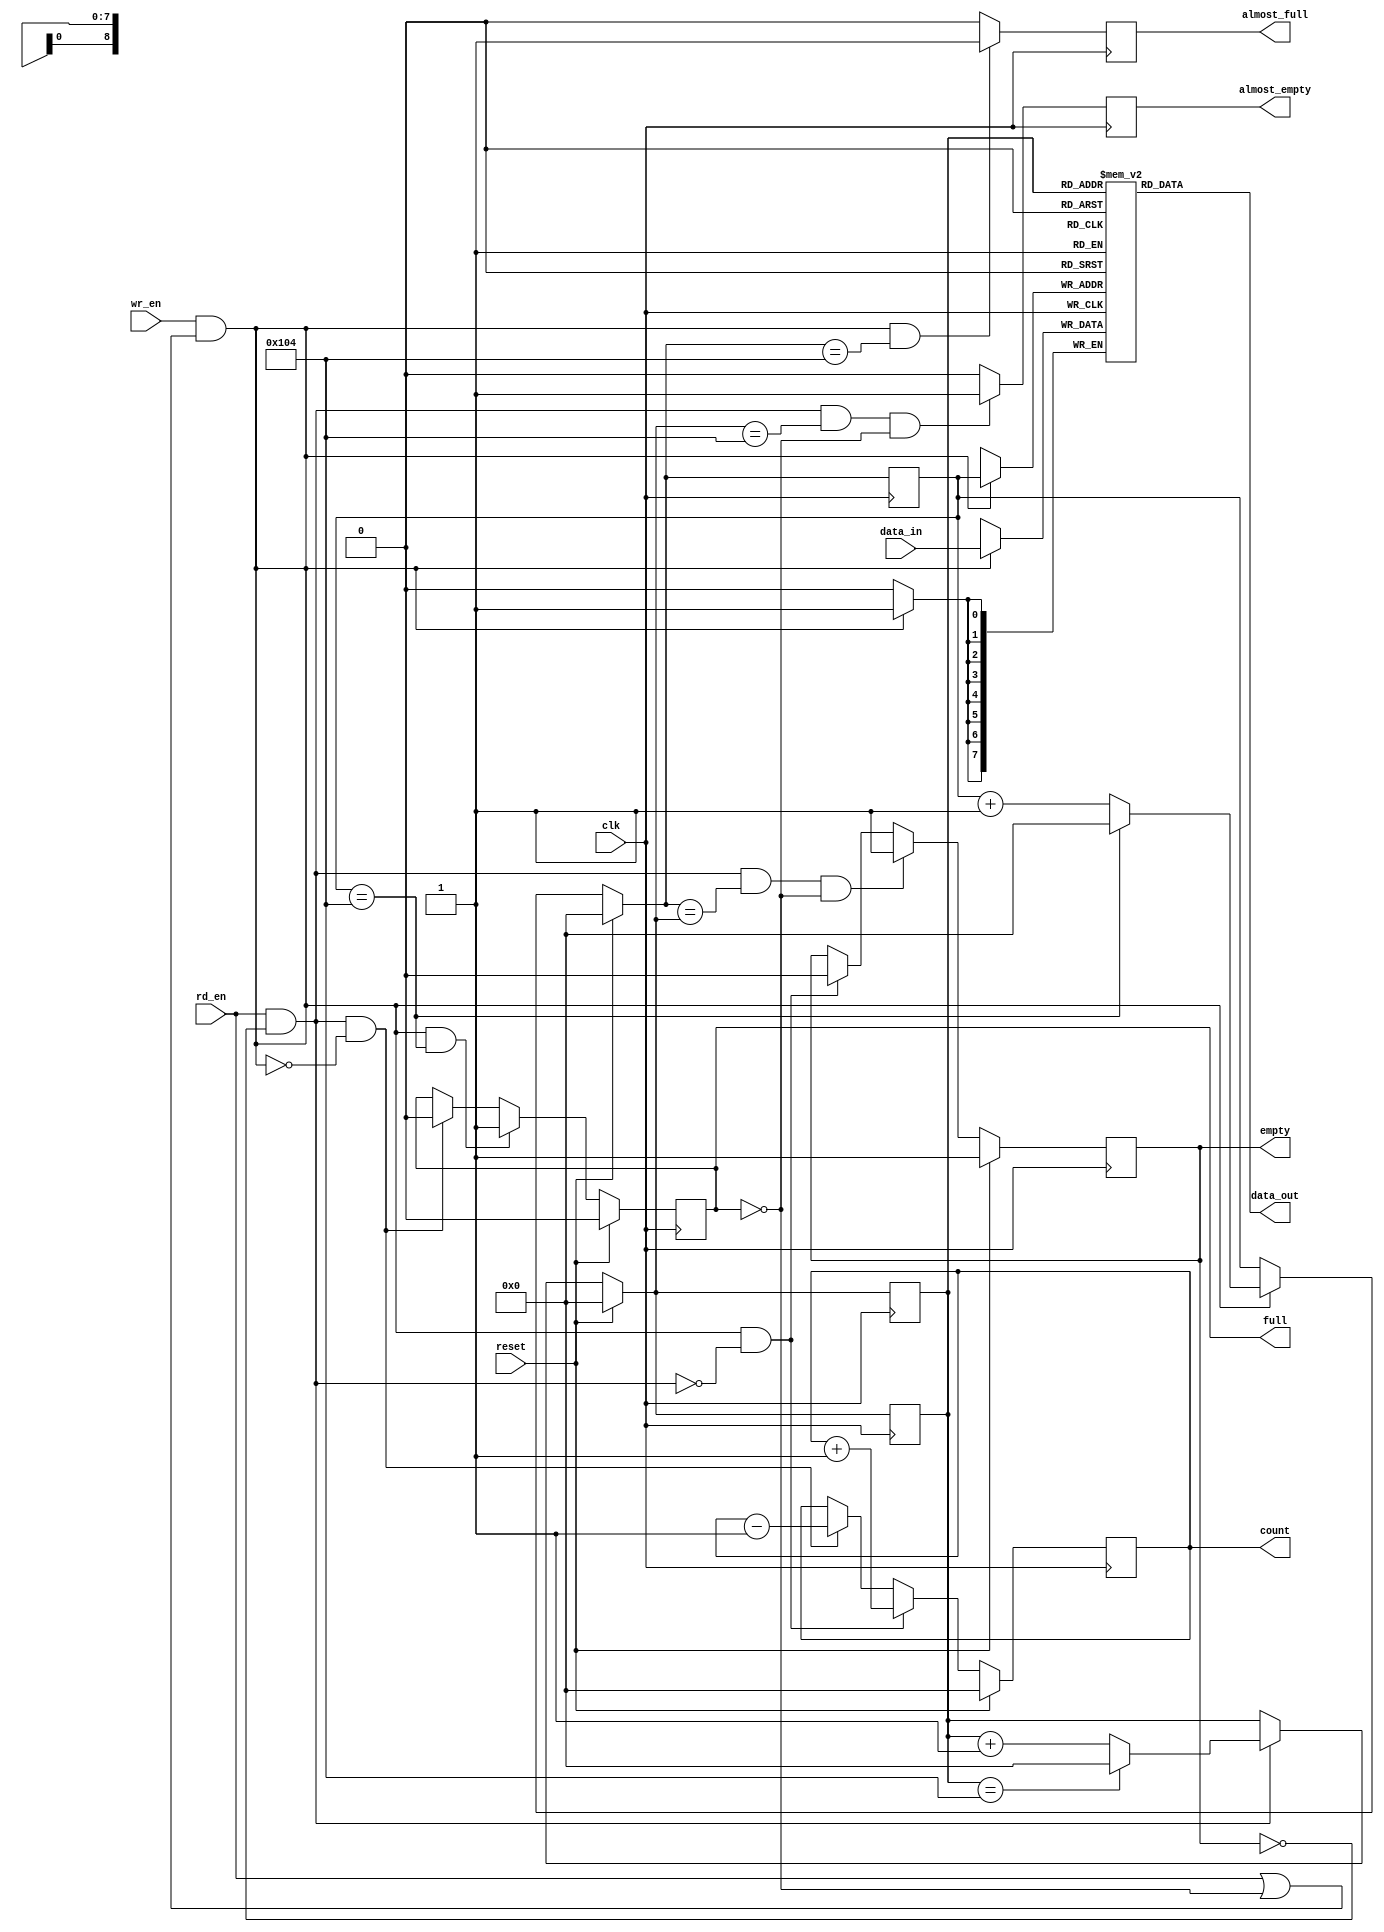
module spi_fifo_send(   input clk,
								input reset,
								input rd_en, //-- read enable
								input wr_en, //-- write enable
								
								input [7:0] data_in,
								output [7:0] data_out,
								
								output reg empty,
								output reg almost_empty,
								output reg full, 
								output reg almost_full,
								output reg [8:0] count );


wire writing;
wire reading;

reg [8:0] rd_ptr;
reg [8:0] next_rd_ptr;
reg [8:0] wr_ptr;
reg [8:0] next_wr_ptr;

assign writing = (wr_en && (rd_en || !full));
assign reading = (rd_en && !empty);

//-- increment function --
function [8:0] increment;
	input [8:0] value;
	begin
		if (value == 260)
			increment = 0;
		else
			increment = value + 1;
	end
endfunction


//-- combinational read pointer --
always @ *
begin
	if (reset)
		next_rd_ptr = 0;
	else if (reading)
		next_rd_ptr = increment (rd_ptr);
	else
		next_rd_ptr = rd_ptr;
end

always @ (posedge clk)
begin
	rd_ptr <= next_rd_ptr;
end
//-------------------------------

//-- combinational write pointer --
always @ *
begin
	if (reset)
		next_wr_ptr = 0;
	else if (writing)
		next_wr_ptr = increment (wr_ptr);
	else
		next_wr_ptr = wr_ptr;
end

always @ (posedge clk)
begin
	wr_ptr <= next_wr_ptr;
end
//-------------------------------

//-- output counter --
always @ (posedge clk)
begin
	if (reset)
		count <= 0;
	else if (writing && !reading)
		count <= count + 1; //-- writing
	else if (reading && !writing)
		count <= count - 1; //-- reading
end


//-- empty --
always @ (posedge clk)
begin
	if (reset)
		empty <= 1;
	else if (reading && (next_wr_ptr == next_rd_ptr) && !full)
		empty <= 1;
	else if (writing && !reading)
		empty <= 0;
end

always@ (posedge clk)
begin
	if (reading && (next_rd_ptr == 260) && !full)
		almost_empty <= 1;
	else
		almost_empty <= 0;
end

//-- full --
always @ (posedge clk)
begin
	if (reset)
		full <= 0;
	else if (writing && (wr_ptr == 260))//(next_wr_ptr == next_rd_ptr))
		full <= 1;
	else if (reading && !writing)
		full <= 0;
end

always@ (posedge clk)
begin
	if (writing && (next_wr_ptr == 260))
		almost_full <= 1;
	else
		almost_full <= 0;
end

//--------------------------------------------------------

reg [7:0] mem [260:0];

always @ (posedge clk)
begin
	if (writing)
		mem[wr_ptr] <= data_in;
	rd_ptr <= next_rd_ptr;
end

assign data_out = mem[rd_ptr];

endmodule